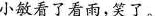
小敏看了看雨，笑了。